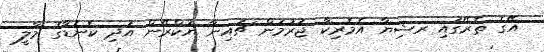
އޭގެ ތެރޭގައި ރޝިޔާ އެމެރިކާ ޖަރުމަން ޗައިނާ ޔުކްރޭން އަދި ކެނެޑާގެ މާލީ